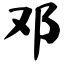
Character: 邓